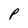
Character: P